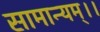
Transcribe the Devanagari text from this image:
सामान्यम्।।